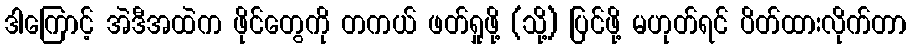
ဒါကြောင့် အဲဒီအထဲက ဖိုင်တွေကို တကယ် ဖတ်ရှုဖို့ (သို့) ပြင်ဖို့ မဟုတ်ရင် ပိတ်ထားလိုက်တာ